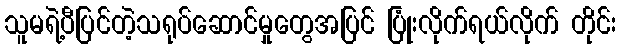
သူမရဲ့ပီပြင်တဲ့သရုပ်ဆောင်မှုတွေအပြင် ပြုံးလိုက်ရယ်လိုက် တိုင်း